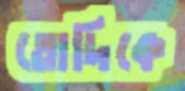
তোদিকে